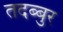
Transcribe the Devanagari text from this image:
तदब्बुर